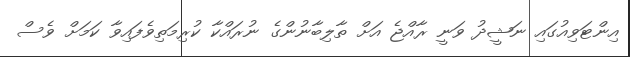
އިންޓަވިއުގައި ނަޝީދު ވަނީ ރާއްޖެ އަށް ތާލިބާނުންގެ ނުރައްކާ ކުރިމަތިވެފައިވާ ކަމަށް ވެސް